Scottish Leaving Certificate Examination, 1959
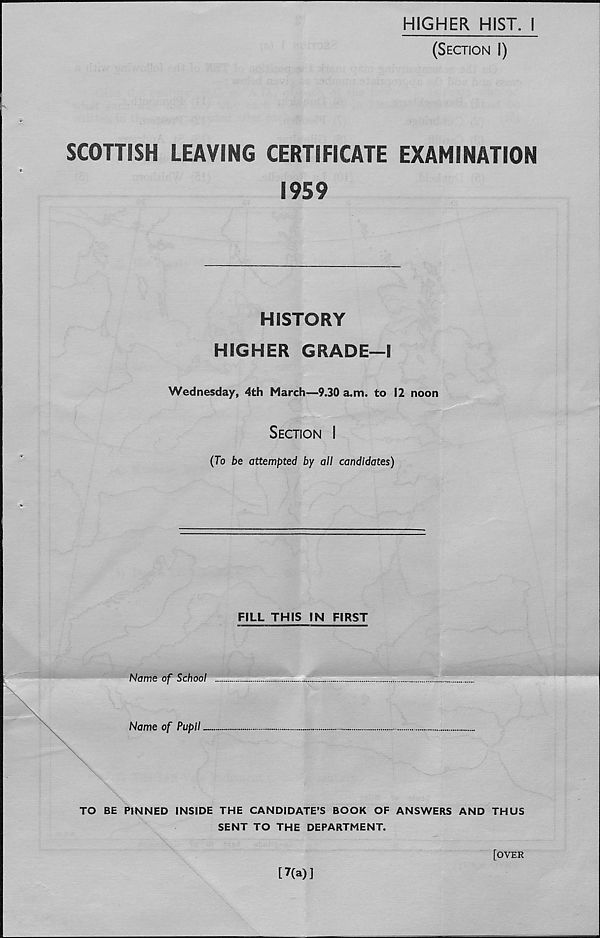
HIGHER HIST. I
(Section I)
SCOTTISH LEAVING CERTIFICATE EXAMINATION
1959
HISTORY
HIGHER GRADE—I
Wednesday, 4th March—9.30 a.m. to 12 noon
Section I
(To be attempted by all candidates)
FILL THIS IN FIRST
Name of School
Name of Pupil
TO BE PINNED INSIDE THE CANDIDATE’S BOOK OF ANSWERS AND THUS
SENT TO THE DEPARTMENT.
[OVER
[7(a)]